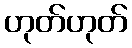
ဟုတ်ဟုတ်